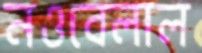
নওবেলাল